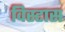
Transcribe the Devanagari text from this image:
विस्टास